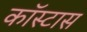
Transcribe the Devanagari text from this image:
कॉस्टास